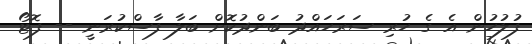
ފުލުހުން އެ ގެ ހުރި ސަރަހައްދު ބަންދުކޮށް ބަލާ ފާސްކުރަނީ -- ފޮޓޯ